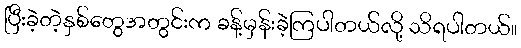
ပြီးခဲ့တဲ့နှစ်တွေအတွင်းက ခန့်မှန်းခဲ့ကြပါတယ်လို့ သိရပါတယ်။